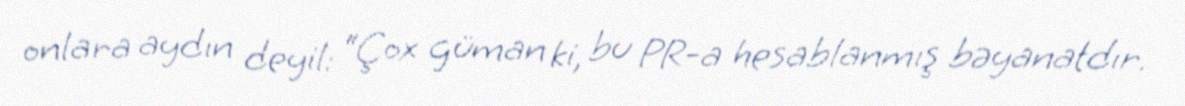
onlara aydın deyil: “Çox güman ki, bu PR-a hesablanmış bəyanatdır.